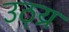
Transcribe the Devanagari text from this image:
उठ्य्र